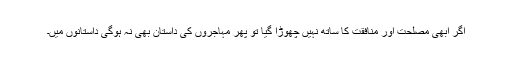
اگر ابھی مصلحت اور منافقت کا ساتھ نہیں چھوڑا گیا تو پھر مہاجروں کی داستان بھی نہ ہوگی داستانوں میں۔